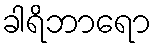
ခါရိဘာရော